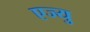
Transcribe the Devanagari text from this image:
एज्‍यु